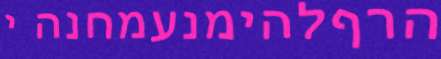
הרףלהימנעמחנה י